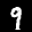
Label: 9